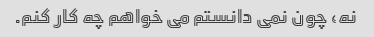
نه، چون نمی دانستم می خواهم چه کار کنم.